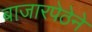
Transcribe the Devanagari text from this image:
बाजारपेठेने